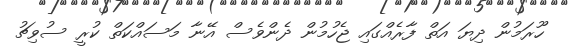
ހޫރަމުން ދިޔަ އަތް ފާރެއްގައި ޖެހުމުން ދެންވެސް އޭނާ މަސައްކަތް ކުރީ ސުވިޗު